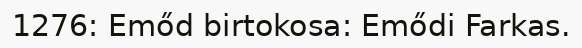
1276: Emőd birtokosa: Emődi Farkas.